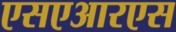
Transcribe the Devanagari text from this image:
एसएआरएस